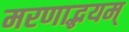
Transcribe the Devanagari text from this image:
मरणाद्भयम्